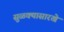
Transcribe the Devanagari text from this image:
सुळक्यासारखे